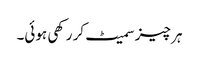
ہر چیز سمیٹ کر رکھی ہوئی۔